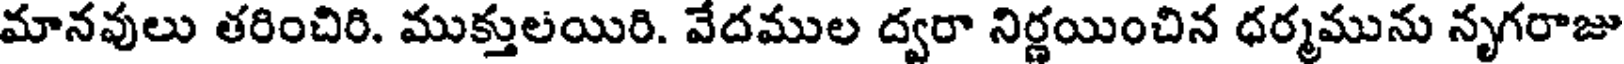
మానవులు తరించిరి. ముక్తులయిరి. వేదముల ద్వరా నిర్ణయించిన ధర్మమును నృగరాజు